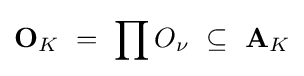
\mathbf {O} _{K}\ =\ \prod O_{\nu }\ \subseteq \ \mathbf {A} _{K}